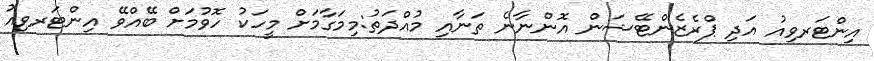
އިންޓަރވިއު އަދި ޕްރެޒެންޓޭޝަން އޮންނާނެ ތަނާއި މުއްދަތު:މިމަގާމަށް މީހަކު ހޮވުމަށް ބޭއްވޭ އިންޓަރވިއު